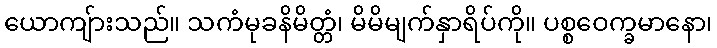
ယောကျ်ားသည်။ သကံမုခနိမိတ္တံ၊ မိမိမျက်နှာရိပ်ကို။ ပစ္စဝေက္ခမာနော၊